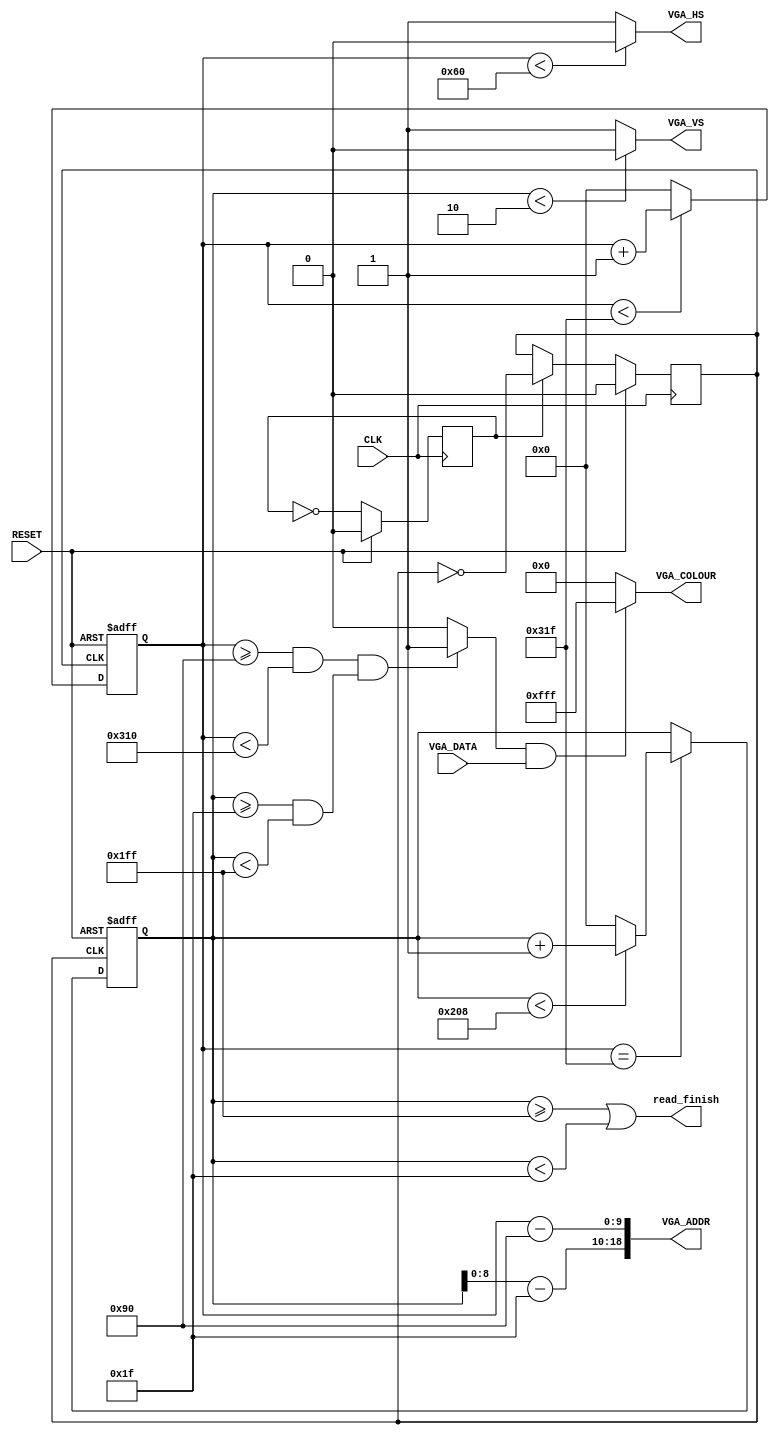
`timescale 1ns / 1ps
//////////////////////////////////////////////////////////////////////////////////
// Company: 
// Engineer: 
// 
// Design Name: 
// Module Name: VGA_manager
// Project Name: 
// Target Devices: 
// Tool Versions: 
// Description: 
// 
// Dependencies: 
// 
// Revision:
// Revision 0.01 - File Created
// Additional Comments:
// 
//////////////////////////////////////////////////////////////////////////////////


module VGA_reader(
    //Standard Signal
    input CLK,
    input RESET,
    // Frame Buffer (Dual Port memory) Interface
    output [18:0] VGA_ADDR,
    input VGA_DATA,
    //VGA Port Interface
    output reg VGA_HS,
    output reg VGA_VS,
    output [11:0] VGA_COLOUR,
    //output finish sign
    output read_finish
    );
    //The original clock is 100MHz, so must halve the clock in top module
    //Halve the clock to 25MHz to drive the VGA display
    reg VGA_CLK;
    reg VGA_counter;
    always@(posedge CLK) begin
        if(RESET) begin
            VGA_CLK <= 0;
            VGA_counter <= 0;
        end
        else begin
            if (VGA_counter == 1)
                VGA_CLK <= ~VGA_CLK; 
            VGA_counter <= ~VGA_counter;
        end
    end
/*
Define VGA signal parameters e.g. Horizontal and Vertical display time, pulse widths, front and back 
porch widths etc. 
*/
    // Use the following signal parameters
    parameter HTs = 800; // Total Horizontal Sync Pulse Time
    parameter HTpw = 96; // Horizontal Pulse Width Time 
    parameter HTDisp = 640; // Horizontal Display Time
    parameter Hbp = 48; // Horizontal Back Porch Time
    parameter Hfp = 16; // Horizontal Front Porch Time
    parameter VTs = 521; // Total Vertical Sync Pulse Time
    parameter VTpw = 2; // Vertical Pulse Width Time
    parameter VTDisp = 480; // Vertical Display Time
    parameter Vbp = 29; // Vertical Back Porch Time
    parameter Vfp = 10; // Vertical Front Porch Time
//    ..
//    FILL IN THIS AREA
//    .
    // Define Horizontal and Vertical Counters to generate the VGA signals
    reg [9:0] HCounter;
    reg [9:0] VCounter;
    
    //Define the counter that cover the full signal process
    reg [9:0] HSCounter;
    reg [9:0] VSCounter;
    
    //Define the enable signal to let the pixel data be transmitted only in display time
    wire  VGA_OUTPUT_EN;
    
    initial begin
        VGA_CLK=0;
        HSCounter=0;
        VSCounter=0;
        
    end
/*
Create a process that assigns the proper horizontal and vertical counter values for raster scan of the 
display. 
*/
    //Generate the horizontal counter
    always @(posedge VGA_CLK or posedge RESET) begin
        if(RESET) begin
            HSCounter <= 10'b0;
        end
        else begin
            if(HSCounter < HTs - 1'b1) begin
                HSCounter <= HSCounter + 1'b1;
            end
            else begin
                HSCounter <= 10'b0;
            end
        end
    end
    
    //Generate the vertical counter according to the horizontal counter
    always @(posedge VGA_CLK or posedge RESET) begin
        if(RESET) begin
            VSCounter <= 10'b0;
        end
        else if(HSCounter == HTs - 1'b1) begin
            if(VSCounter < VTs - 1'b1) begin
                VSCounter <= VSCounter + 1'b1;
            end
            else begin
                VSCounter <= 10'b0;
            end
        end
    end
 
/*
Need to create the address of the next pixel. Concatenate and tie the look ahead address to the frame 
buffer address.
*/
    assign VGA_ADDR = {VCounter, HCounter};
    //assign VGA_ADDR = {HCounter, VCounter[8:0]};
/*
Create a process that generates the horizontal and vertical synchronisation signals, as well as the pixel 
colour information, using HCounter and VCounter. Do not forget to use CONFIG_COLOURS input to 
display the right foreground and background colours.
*/
    //Horizontal and vertical synchronisation signals

    //HCounter and VCounter will hold the address 
    always @ (HSCounter or VSCounter) begin
        HCounter = (HSCounter - (HTpw + Hbp));
        VCounter = (VSCounter - (VTpw + Vbp));
        VGA_HS = (HSCounter<HTpw)? 1'b0 : 1'b1;
        VGA_VS = (VSCounter<VTpw)? 1'b0 : 1'b1;
    end
    
    
    //Enable output signal
    assign VGA_OUTPUT_EN = (((HSCounter >= HTpw + Hbp) && (HSCounter <  HTpw + Hbp + HTDisp))
                            &&((VSCounter >= VTpw + Vbp) && (VSCounter < VTpw + Vbp + VTDisp)))   
                            ? 1'b1 : 1'b0;
                            
    assign read_finish = (VSCounter >= VTpw + Vbp + VTDisp) || (VSCounter < VTpw + Vbp);
    
/*
Finally, tie the output of the frame buffer to the colour output VGA_COLOUR. 
*/
    //Output pixel colour sinal, 8'h00 (zero) whilst not during the display time, i.e.,VGA_OUTPUT_EN == 0
    assign VGA_COLOUR = (VGA_OUTPUT_EN && VGA_DATA) ? 12'hFFF : 12'h000;
endmodule